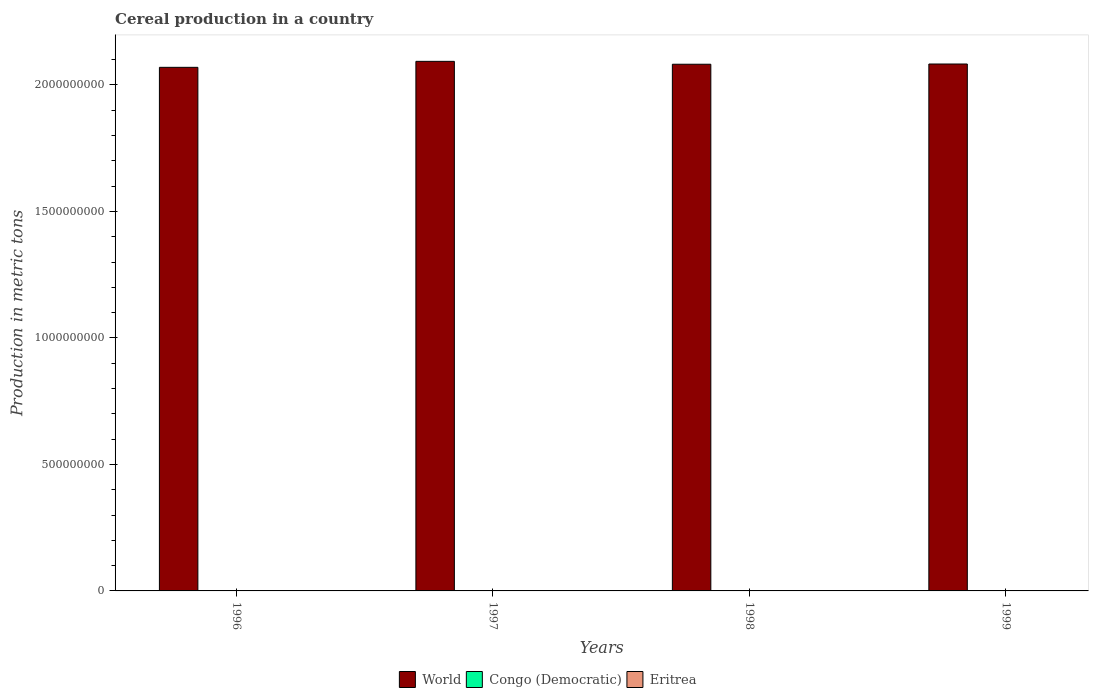
| Years | World | Congo (Democratic) | Eritrea |
 | --- | --- | --- | --- |
 | 1996 | 2.07e+09 | 1.56e+06 | 8.54e+04 |
 | 1997 | 2.09e+09 | 1.53e+06 | 9.94e+04 |
 | 1998 | 2.08e+09 | 1.62e+06 | 4.58e+05 |
 | 1999 | 2.08e+09 | 1.59e+06 | 3.19e+05 |